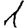
Digit: 1